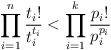
\begin{align*}\prod_{i = 1}^n\frac{t_i!}{t_i^{t_i}}< \prod_{i = 1}^k\frac{p_i!}{p_i^{p_i}} \end{align*}